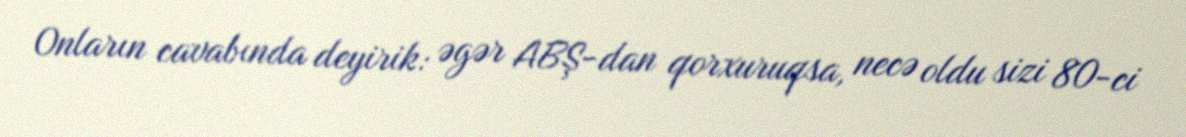
Onların cavabında deyirik: əgər ABŞ-dan qorxuruqsa, necə oldu sizi 80-ci